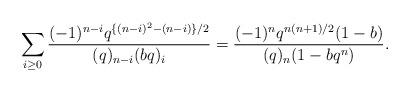
LaTeX: \begin{align*}\sum_{i\ge0}\frac{(-1)^{n-i}q^{\{(n-i)^2-(n-i)\}/2}}{(q)_{n-i}(bq)_i}=\frac{(-1)^nq^{n(n+1)/2}(1-b)}{(q)_n(1-bq^n)}.\end{align*}